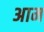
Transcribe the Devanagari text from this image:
अाम